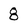
Character: 8